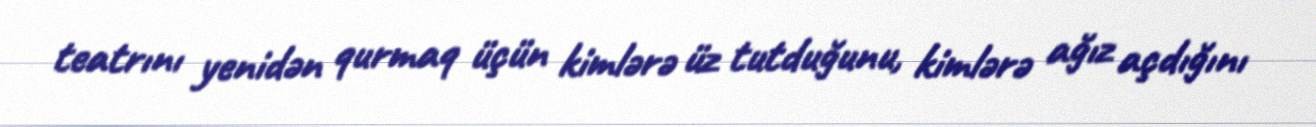
teatrını yenidən qurmaq üçün kimlərə üz tutduğunu, kimlərə ağız açdığını